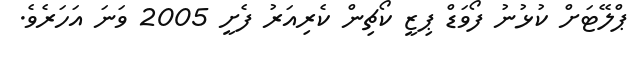
ޕްލޭޓަށް ކުޅުނު ފޯވަޑް ޕިޒީ ކޯޗިން ކެރިއަރު ފެށީ 2005 ވަނަ އަހަރެވެ.